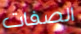
الصفات